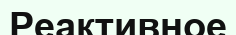
Реактивное